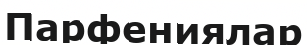
Парфениялар